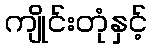
ကျိုင်းတုံနှင့်